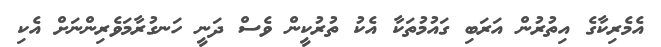
އެމެރިކާގެ އިތުރުން އަރަބި ގައުމުތަކާ އެކު ތުރުކީން ވެސް ދަނީ ހަނގުރާމަވެރިންނަށް އެކި